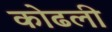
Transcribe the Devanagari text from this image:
कोढली